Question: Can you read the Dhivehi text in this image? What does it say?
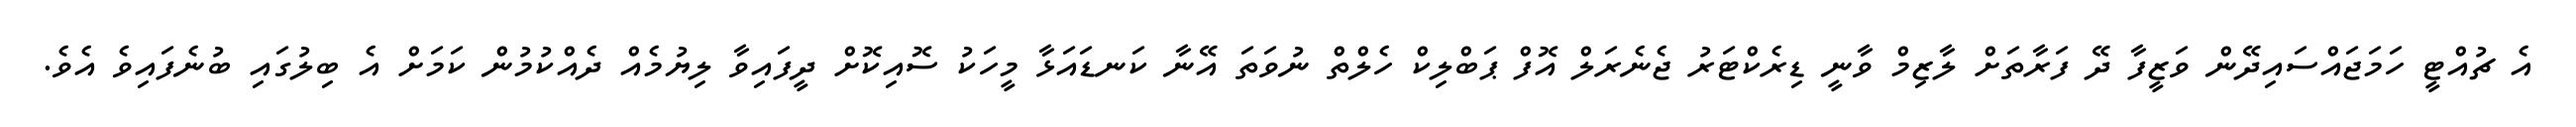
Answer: އެ ޗުއްޓީ ހަމަޖައްސައިދޭން ވަޒީފާ ދޭ ފަރާތަށް ލާޒިމް ވާނީ ޑިރެކްޓަރު ޖެނެރަލް އޮފް ޕަބްލިކް ހެލްތް ނުވަތަ އޭނާ ކަނޑައަޅާ މީހަކު ސޮއިކޮށް ދީފައިވާ ލިޔުމެއް ދެއްކުމުން ކަމަށް އެ ބިލުގައި ބުނެފައިވެ އެވެ.